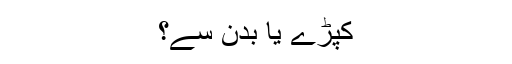
کپڑے یا بدن سے؟